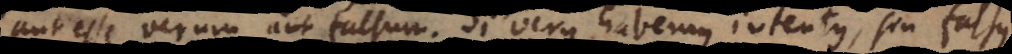
aut esse verum aut falsum. Si verus, habemus intentus, sin falsus